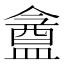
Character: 盦